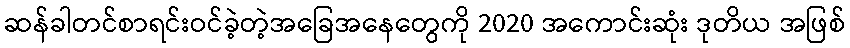
ဆန်ခါတင်စာရင်းဝင်ခဲ့တဲ့အခြေအနေတွေကို 2020 အကောင်းဆုံး ဒုတိယ အဖြစ်